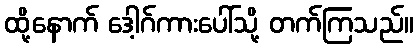
ထို့နောက် ဒေါ့ဂ်ကားပေါ်သို့ တက်ကြသည်။